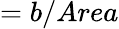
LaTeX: ={b}/{Area}